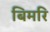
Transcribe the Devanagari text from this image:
बिमरि